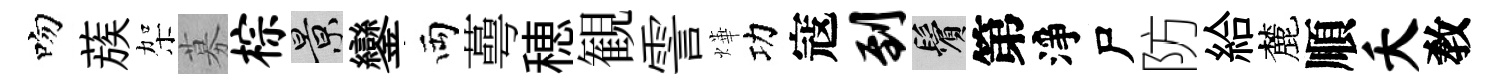
吻蔟架募棕景鑾両蕚穂観霅燁功寇到鬢第淨尸防給麓順夭敎